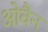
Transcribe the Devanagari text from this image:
ओवैन